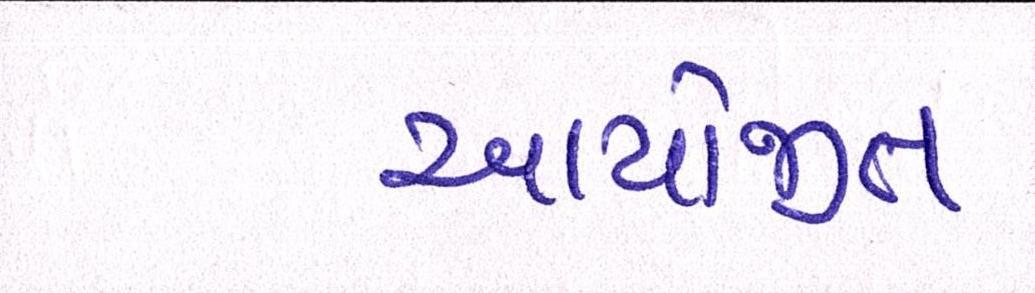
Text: આયોજીત